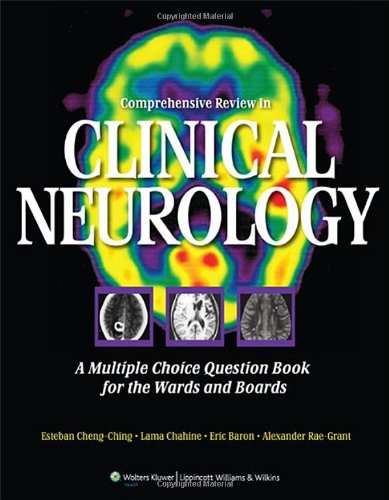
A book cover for Comprehensive Review in Clinical Neurology: A Multiple Choice Question Book for the Wards and Boards; Esteban Cheng-Ching MD; Medical Books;